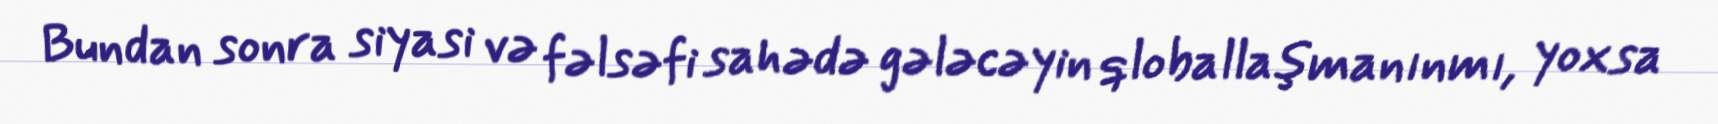
Bundan sonra siyasi və fəlsəfi sahədə gələcəyin qloballaşmanınmı, yoxsa